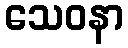
သေဝနာ